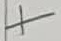
Text: +